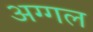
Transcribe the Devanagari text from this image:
अग्गल